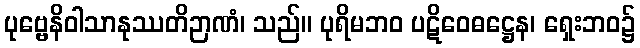
ပုဗ္ဗေနိဝါသာနုဿတိဉာဏံ၊ သည်။ ပုရိမဘဝ ပဋိဝေဓဋ္ဌေန၊ ရှေးဘဝ၌